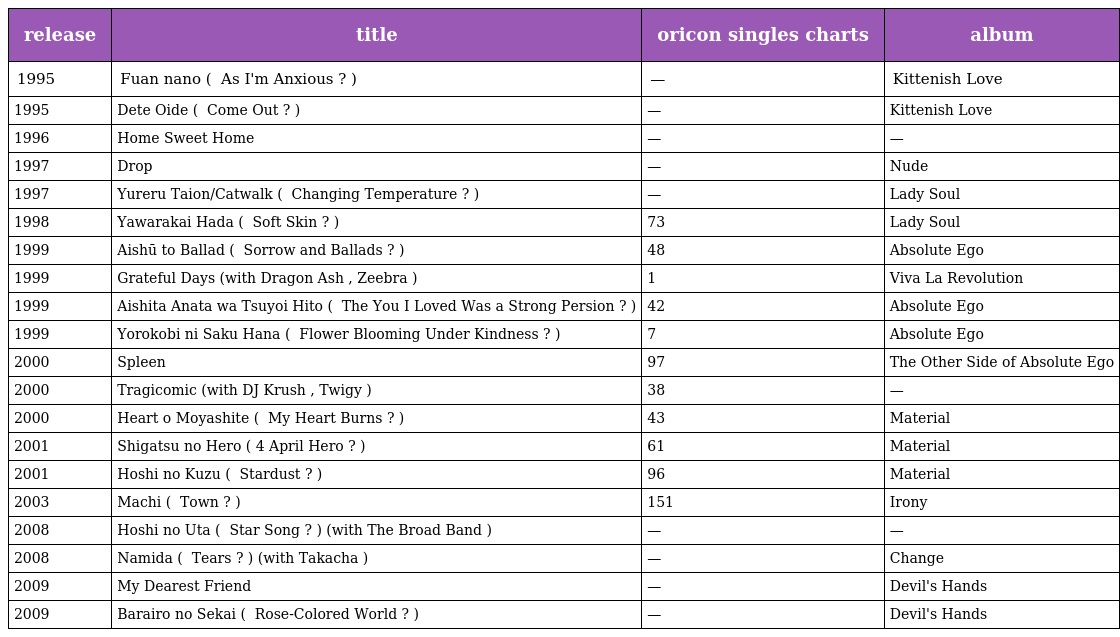
| release | title | oricon singles charts | album |
 | --- | --- | --- | --- |
 | 1995 | Fuan nano ( 不安なの As I'm Anxious ? ) | — | Kittenish Love |
 | 1995 | Dete Oide ( でておいで Come Out ? ) | — | Kittenish Love |
 | 1996 | Home Sweet Home | — | — |
 | 1997 | Drop | — | Nude |
 | 1997 | Yureru Taion/Catwalk ( 揺れる体温 Changing Temperature ? ) | — | Lady Soul |
 | 1998 | Yawarakai Hada ( やわらかい肌 Soft Skin ? ) | 73 | Lady Soul |
 | 1999 | Aishū to Ballad ( 哀愁とバラード Sorrow and Ballads ? ) | 48 | Absolute Ego |
 | 1999 | Grateful Days (with Dragon Ash , Zeebra ) | 1 | Viva La Revolution |
 | 1999 | Aishita Anata wa Tsuyoi Hito ( 愛したあなたは強いひと The You I Loved Was a Strong Persion ? ) | 42 | Absolute Ego |
 | 1999 | Yorokobi ni Saku Hana ( 悦びに咲く花 Flower Blooming Under Kindness ? ) | 7 | Absolute Ego |
 | 2000 | Spleen | 97 | The Other Side of Absolute Ego |
 | 2000 | Tragicomic (with DJ Krush , Twigy ) | 38 | — |
 | 2000 | Heart o Moyashite ( ハートを燃やして My Heart Burns ? ) | 43 | Material |
 | 2001 | Shigatsu no Hero ( 4月のヒーロー April Hero ? ) | 61 | Material |
 | 2001 | Hoshi no Kuzu ( 星ノクズ Stardust ? ) | 96 | Material |
 | 2003 | Machi ( 町 Town ? ) | 151 | Irony |
 | 2008 | Hoshi no Uta ( ほしのうた Star Song ? ) (with The Broad Band ) | — | — |
 | 2008 | Namida ( ナミダ Tears ? ) (with Takacha ) | — | Change |
 | 2009 | My Dearest Friend | — | Devil's Hands |
 | 2009 | Barairo no Sekai ( バラ色の世界 Rose-Colored World ? ) | — | Devil's Hands |